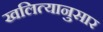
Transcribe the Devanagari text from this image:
खलित्यानुसार